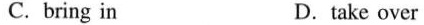
C.bring in